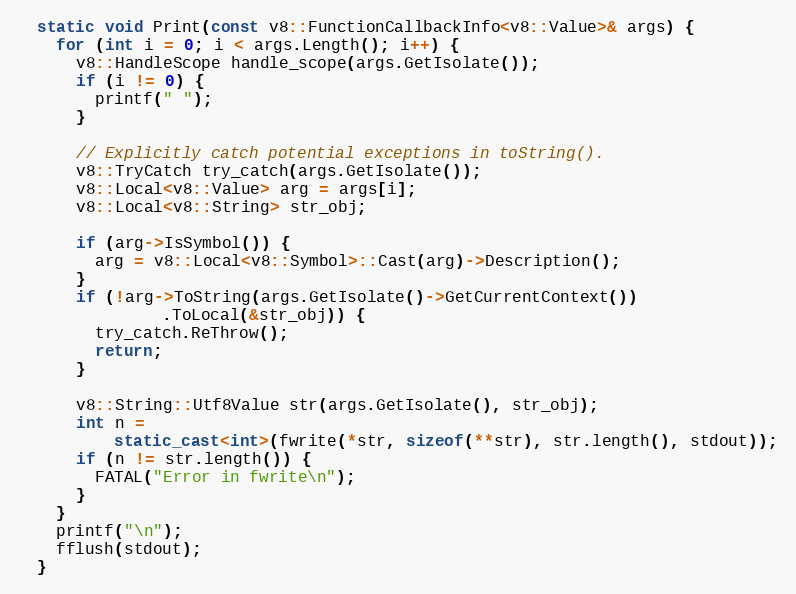
Language: C++
  static void Print(const v8::FunctionCallbackInfo<v8::Value>& args) {
    for (int i = 0; i < args.Length(); i++) {
      v8::HandleScope handle_scope(args.GetIsolate());
      if (i != 0) {
        printf(" ");
      }

      // Explicitly catch potential exceptions in toString().
      v8::TryCatch try_catch(args.GetIsolate());
      v8::Local<v8::Value> arg = args[i];
      v8::Local<v8::String> str_obj;

      if (arg->IsSymbol()) {
        arg = v8::Local<v8::Symbol>::Cast(arg)->Description();
      }
      if (!arg->ToString(args.GetIsolate()->GetCurrentContext())
               .ToLocal(&str_obj)) {
        try_catch.ReThrow();
        return;
      }

      v8::String::Utf8Value str(args.GetIsolate(), str_obj);
      int n =
          static_cast<int>(fwrite(*str, sizeof(**str), str.length(), stdout));
      if (n != str.length()) {
        FATAL("Error in fwrite\n");
      }
    }
    printf("\n");
    fflush(stdout);
  }